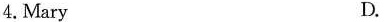
4. Mary D.